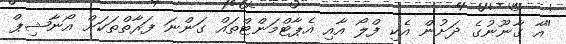
"އާ ގާނޫނުގެ ދަށުން އެކި ފްލޯ އާއި އެޕާޓްމަންޓްތައް ގަންނަ ފަރާތްތަކަށް އޯނާޝިޕް